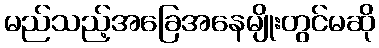
မည်သည့်အခြေအနေမျိုးတွင်မဆို